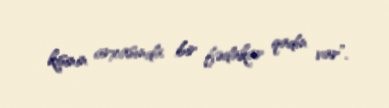
kişinin arxasında bir fədakar qadın var”.